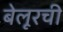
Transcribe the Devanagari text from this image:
बेलूरची